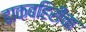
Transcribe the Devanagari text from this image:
ढाकबहिरीचा